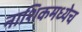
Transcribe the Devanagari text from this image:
नाशिकमध्येच